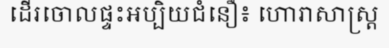
ដើរចោលផ្ទះអប្បិយជំនឿ៖ ហោរាសាស្ត្រ